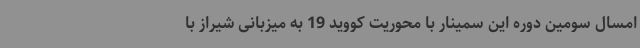
امسال سومین دوره این سمینار با محوریت کووید 19 به میزبانی شیراز با